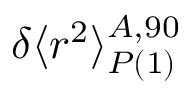
\delta \langle r ^ { 2 } \rangle _ { P \mathrm { ( 1 ) } } ^ { A , 9 0 }